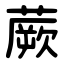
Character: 蕨